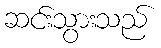
ဆင်းသွားသည်